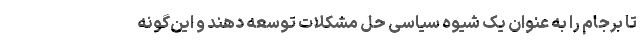
تا برجام را به عنوان یک شیوه سیاسی حل مشکلات توسعه دهند و این‌گونه